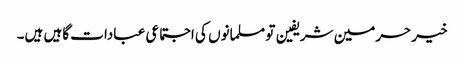
خیر حرمین شریفین تو مسلمانوں کی اجتماعی عبادات گاہیں ہیں۔